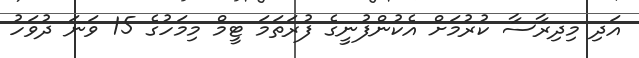
އަދި މިދިރާސާ ކުރުމަށް އެކުންފުނީގެ ފުރަތަމަ ޓީމް މިމަހުގެ 15 ވަނަ ދުވަހު